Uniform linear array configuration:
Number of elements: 4
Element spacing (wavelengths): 0.75
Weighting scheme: kaiser
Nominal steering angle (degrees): -60
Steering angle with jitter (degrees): -58.848
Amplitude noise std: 0.05
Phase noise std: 0.05

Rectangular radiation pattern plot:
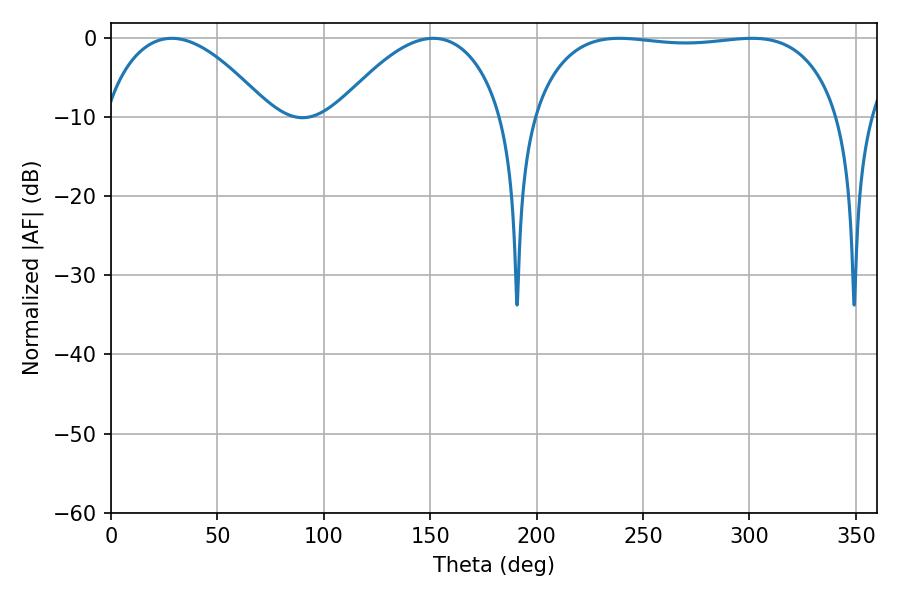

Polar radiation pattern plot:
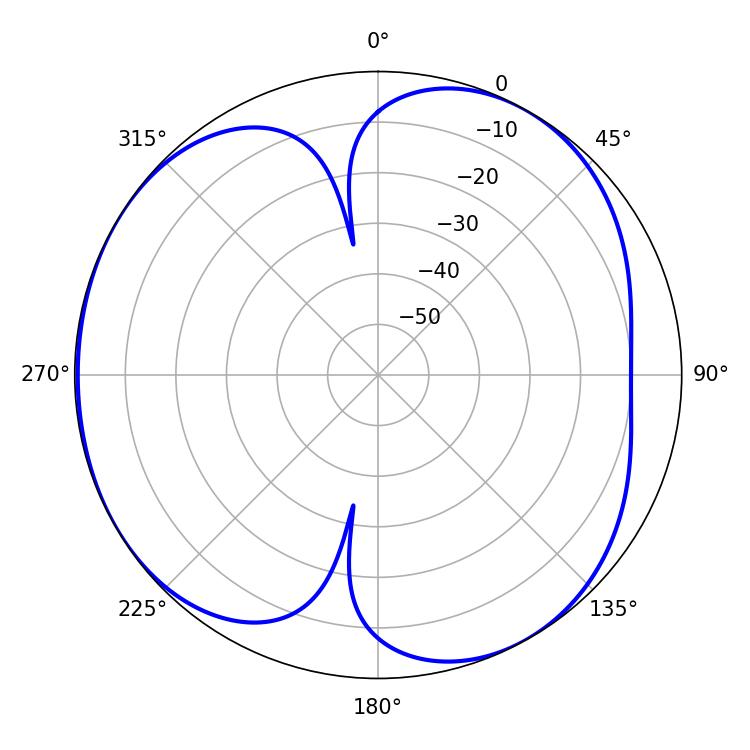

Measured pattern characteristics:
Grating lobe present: TRUE
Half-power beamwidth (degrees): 114.84
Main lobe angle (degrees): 238.86